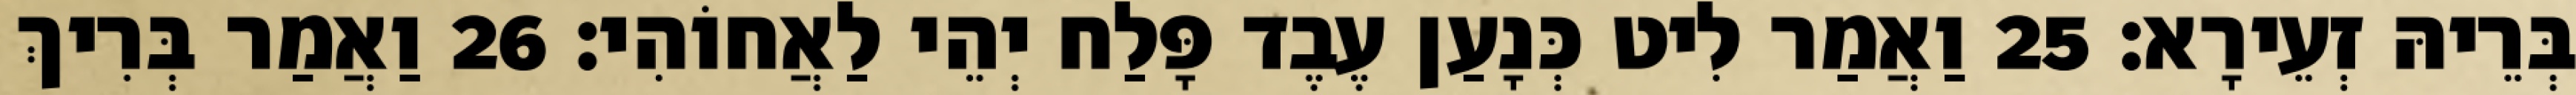
בְּרֵיהּ זְעֵירָא׃ 25 וַאֲמַר לִיט כְּנָעַן עֶבֶד פָּלַח יְהֵי לַאֲחוֹהִי׃ 26 וַאֲמַר בְּרִיךְ